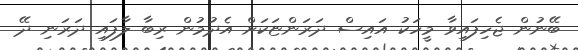
ބޭނުން ޖެހިފައިވާ މީހަކު އައިސް ދަރަންޏަކަށް އެދުމުން ރިބާ ލާފައި ދަރަނި ދޭ